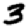
Digit: 3